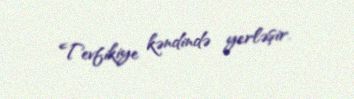
Tevfikiye kəndində yerləşir.